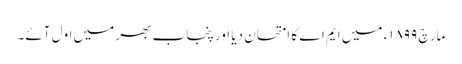
مارچ ١٨٩٩ء میں ایم اے کا امتحان دیا اور پنجاب بھر میں اوّل آئے۔